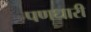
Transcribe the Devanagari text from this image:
पणधारी